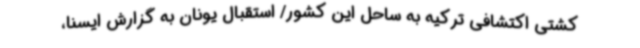
کشتی اکتشافی ترکیه به ساحل این کشور/ استقبال یونان به گزارش ایسنا،